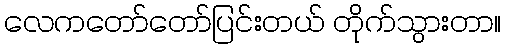
လေကတော်တော်ပြင်းတယ် တိုက်သွားတာ။